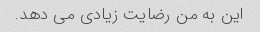
این به من رضایت زیادی می دهد.